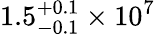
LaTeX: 1.5_{-0.1}^{+0.1}\times 10^{7}